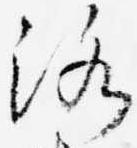
洛